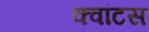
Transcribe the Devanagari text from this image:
क्‍वांटस